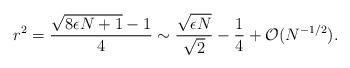
LaTeX: \begin{align*}r^2 = \frac{\sqrt{8 \epsilon N + 1}-1}{4} \sim\frac{ \sqrt{\epsilon N}}{ \sqrt{2}} -\frac{1}{4} +{\cal O} (N^{-1/2}).\end{align*}